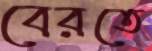
বেরতে